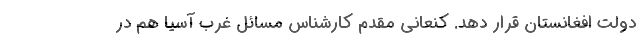
دولت افغانستان قرار دهد. کنعانی مقدم کارشناس مسائل غرب آسیا هم در